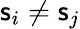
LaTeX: \mathsf{s}_{i}\neq\mathsf{s}_{j}